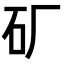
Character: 𬑹